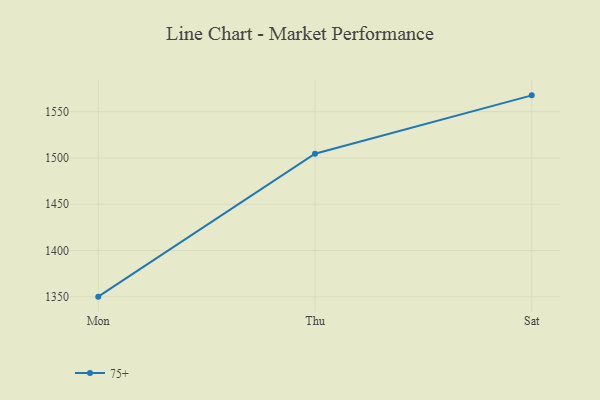
{"axis": {"x": "Day", "y": "Latency (ms)"}, "legend": ["75+"], "data": [{"x": "Mon", "y": 1350.2, "type": "75+"}, {"x": "Thu", "y": 1504.5, "type": "75+"}, {"x": "Sat", "y": 1567.6, "type": "75+"}]}